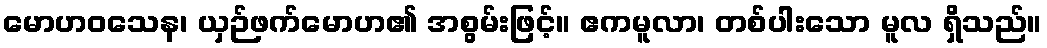
မောဟဝသေန၊ ယှဉ်ဖက်မောဟ၏ အစွမ်းဖြင့်။ ဧကမူလာ၊ တစ်ပါးသော မူလ ရှိသည်။